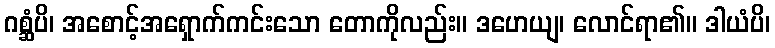
ဂစ္ဆံပိ၊ အစောင့်အရှောက်ကင်းသော တောကိုလည်း။ ဒဟေယျ၊ လောင်ရာ၏။ ဒါယံပိ၊